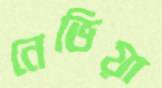
নেভিয়া